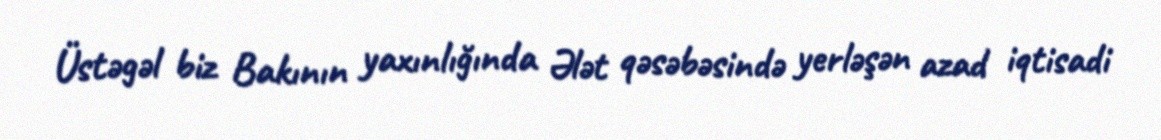
Üstəgəl biz Bakının yaxınlığında Ələt qəsəbəsində yerləşən azad iqtisadi